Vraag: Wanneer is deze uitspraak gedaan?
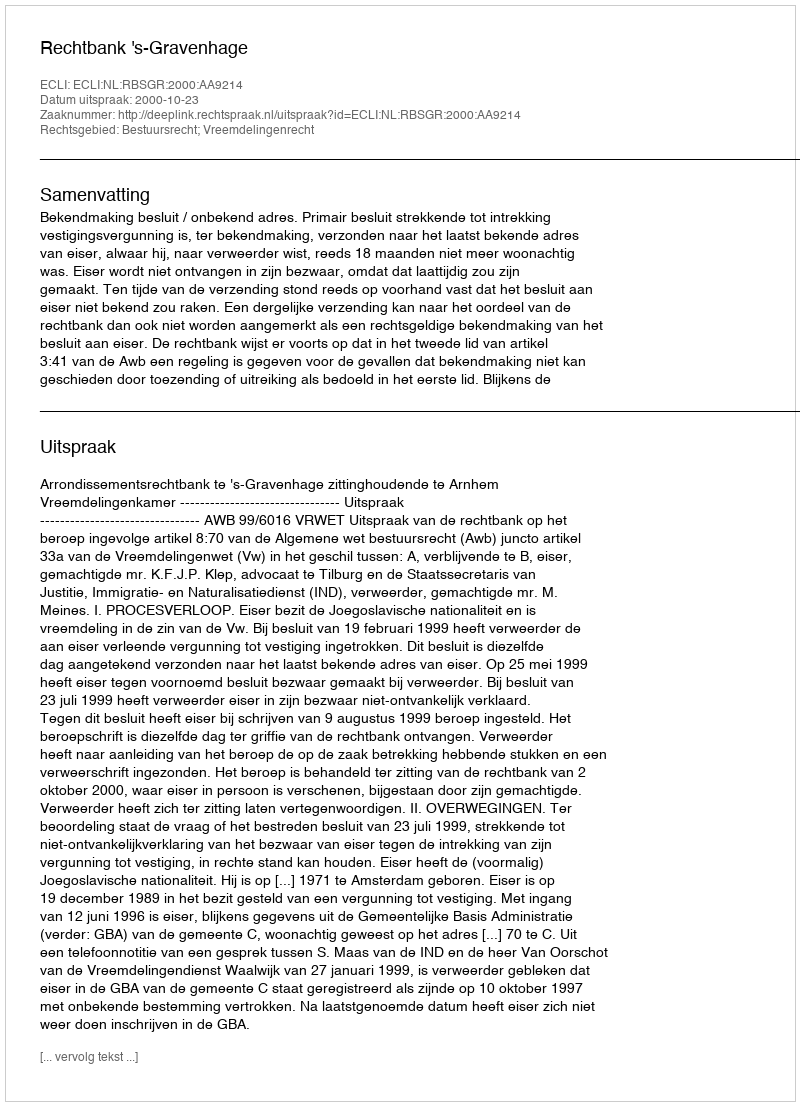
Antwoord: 2000-10-23